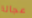
عجالة